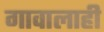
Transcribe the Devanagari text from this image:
गावालाही